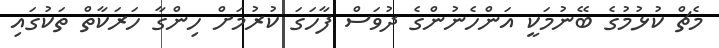
މެޗް ކުޅުމުގެ ބޭނުމަކީ އަންހެނުންގެ ދުވަސް ފާހަގަ ކުރުމަށް ހިންގާ ހަރަކާތް ތަކުގައި